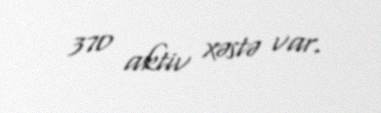
370 aktiv xəstə var.